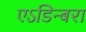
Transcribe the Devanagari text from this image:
एऽडिन्बरा